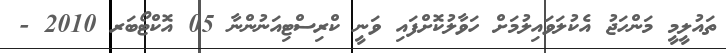
ތައުލީމީ މަންހަޖު އެކުލަވައިލުމަށް ހަވާލުކޮށްފައި ވަނީ ކްރިސްޓިއަނުންނާ 05 އޮކްޓޯބަރ 2010 -